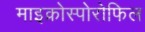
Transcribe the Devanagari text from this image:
माइक्रोस्पोरोफिल